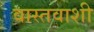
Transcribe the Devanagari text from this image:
वास्तवाशी